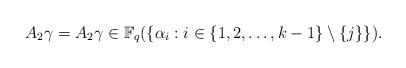
LaTeX: \begin{align*}A_2 \gamma = A_2 \gamma \in \mathbb{F}_q(\{\alpha_i: i\in\{1,2,\dots,k-1\} \setminus\{j\}\}).\end{align*}